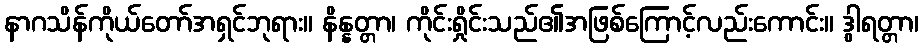
နာဂသိန်ကိုယ်တော်အရှင်ဘုရား။ နိန္နတ္တာ၊ ကိုင်းရှိုင်းသည်၏အဖြစ်ကြောင့်လည်းကောင်း။ ဒွါရတ္တာ၊